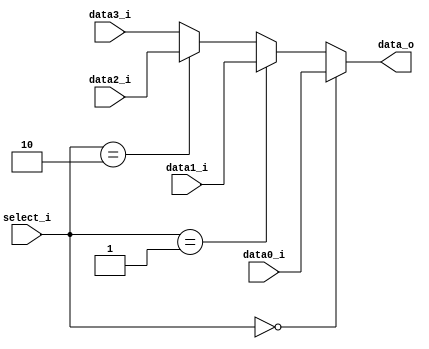
//0516305 Bing Xun Song
`timescale 1ns / 1ps

module branch_mux(
	data0_i,
	data1_i,
	data2_i,
	data3_i,
	select_i,
	data_o
);


input  data0_i,data1_i,data2_i,data3_i;

input [1:0] select_i;

output reg  data_o;

always@(*) begin
	if(select_i == 0)
		data_o = data0_i;
	else if(select_i == 1)
		data_o = data1_i;
	else if(select_i == 2)
		data_o = data2_i;
	else
		data_o = data3_i;
end

endmodule